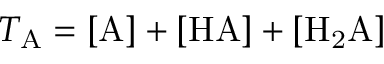
T _ { \mathrm { A } } = \mathrm { [ A ] + [ H A ] + [ H _ { 2 } A ] }